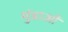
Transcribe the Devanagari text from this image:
मुंडाओं